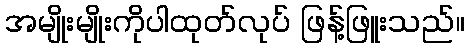
အမျိုးမျိုးကိုပါထုတ်လုပ် ဖြန့်ဖြူးသည်။